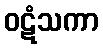
ဝဋံသကာ